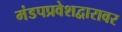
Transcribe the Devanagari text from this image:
मंडपप्रवेशद्वारावर